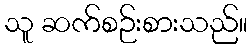
သူ ဆက်စဉ်းစားသည်။